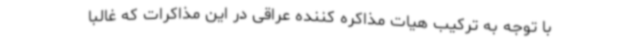
با توجه به ترکیب هیات مذاکره کننده عراقی در این مذاکرات که غالبا